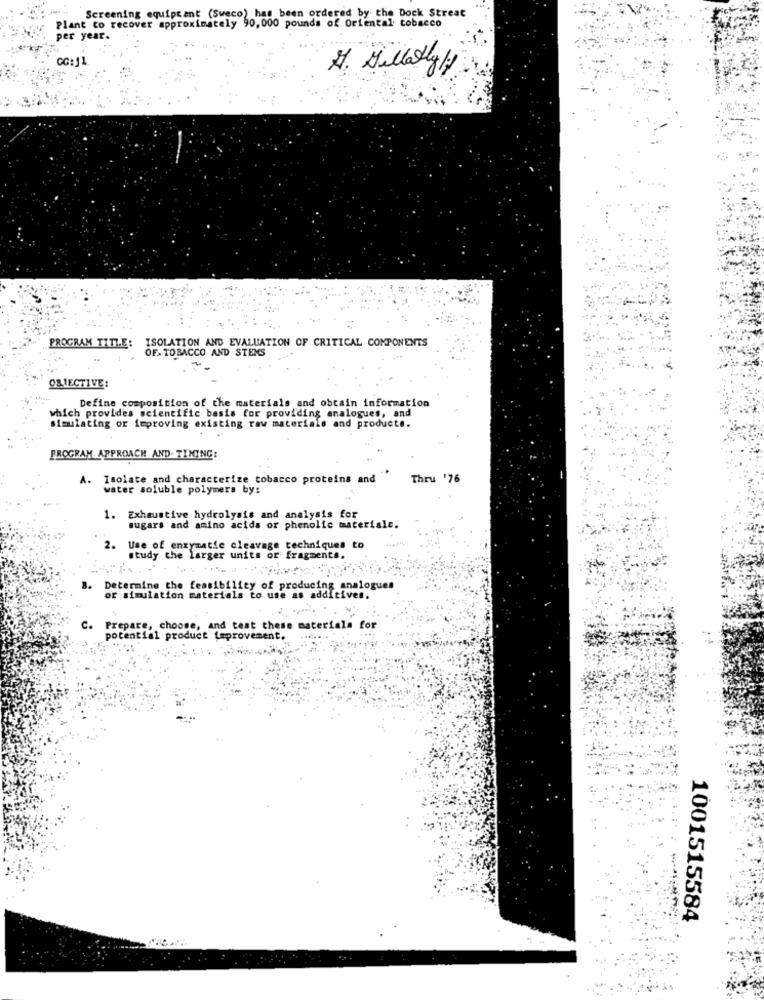
Plant to recover approximately 90,000 pounds of Oriental tobacco
Screening equipt ant (Swe
" (Sweco) has been ordered by the Dock Streat
per year.
OG:1L
7. Hillary
PROGRAM TITLE: ISOLATION AND EVALUATION OF CRITICAL COMPONENTS
OF. TOBACCO AND STEMS
OBIECTIVE:
Define composition of the materials and obtain information
which provides scientific basis for providing analogues, and
simulating or improving existing raw materials and products.
PROGRAM APPROACH AND. TIMING:
A. Isolate and characterize tobacco proteins and
Thru '76
water soluble polymers by:
1.
Exhaustive hydrolysis and analysis for
sugars and amino acids or phenolic materiale.
2.
Use of enzymatie cleavage techniques to
study the larger units or fragments.
Determine the feasibility of producing analogues
or simulation materials to use as additives.
C.
Prepare, choose, and test these materials for
potential product taprovement.
1001515584